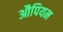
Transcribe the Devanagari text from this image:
औपियम